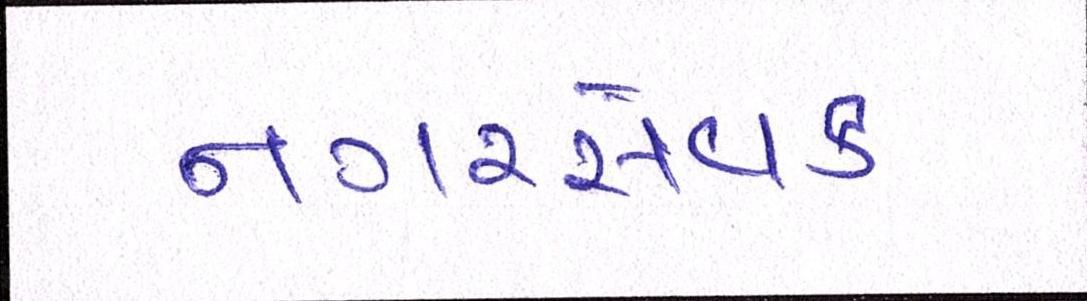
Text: નગરસેવક